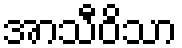
အာသီဝိသာ